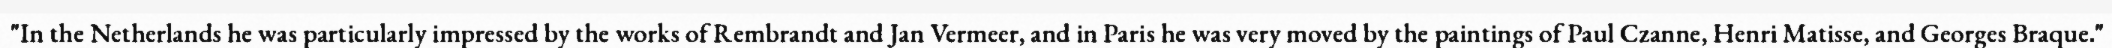
"In the Netherlands he was particularly impressed by the works of Rembrandt and Jan Vermeer, and in Paris he was very moved by the paintings of Paul Czanne, Henri Matisse, and Georges Braque."